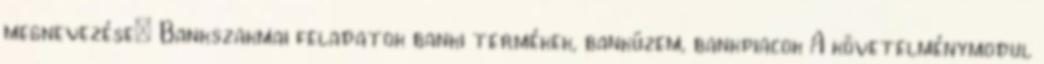
megnevezése: Bankszakmai feladatok banki termékek, banküzem, bankpiacok A követelménymodul